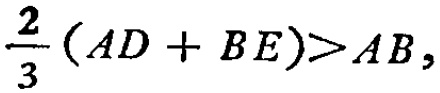
$\frac{2}{3}(AD + BE)>AB,$